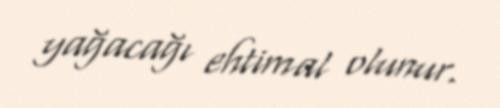
yağacağı ehtimal olunur.